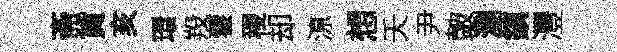
斋貨亥環羖藿稷却鿌想夭尹皷瀏鎮灃